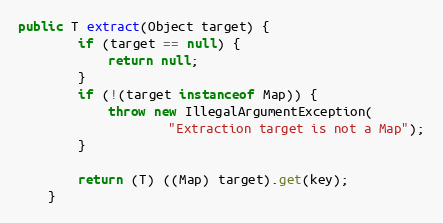
Language: Java
public T extract(Object target) {
        if (target == null) {
            return null;
        }
        if (!(target instanceof Map)) {
            throw new IllegalArgumentException(
                    "Extraction target is not a Map");
        }

        return (T) ((Map) target).get(key);
    }